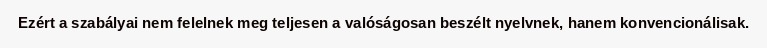
Ezért a szabályai nem felelnek meg teljesen a valóságosan beszélt nyelvnek, hanem konvencionálisak.